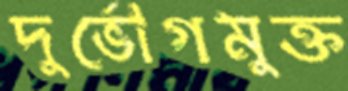
দুর্ভোগমুক্ত